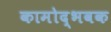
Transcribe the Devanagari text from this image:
कामोद्भवक